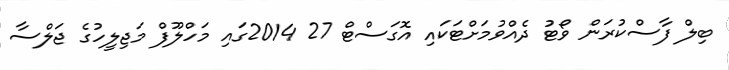
ބިލް ފާސްކުރަން ވޯޓު ދެއްވުމަށްޓަކައި އޮގަސްޓް 27 2014ގައި މަހްލޫފް މަޖިލީހުގެ ޖަލްސާ